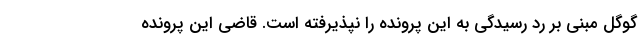
گوگل مبنی بر رد رسیدگی به این پرونده را نپذیرفته است. قاضی این پرونده